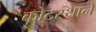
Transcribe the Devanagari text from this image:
कोटस्थाने